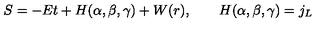
S = - E t + H ( \alpha , \beta , \gamma ) + W ( r ) , \qquad H ( \alpha , \beta , \gamma ) = j _ { L }